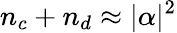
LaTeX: n_{c}+n_{d}\approx|\alpha|^{2}